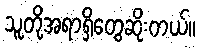
သူတို့အရာရှိတွေဆိုးတယ်။